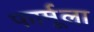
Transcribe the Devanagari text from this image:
फार्मूला़